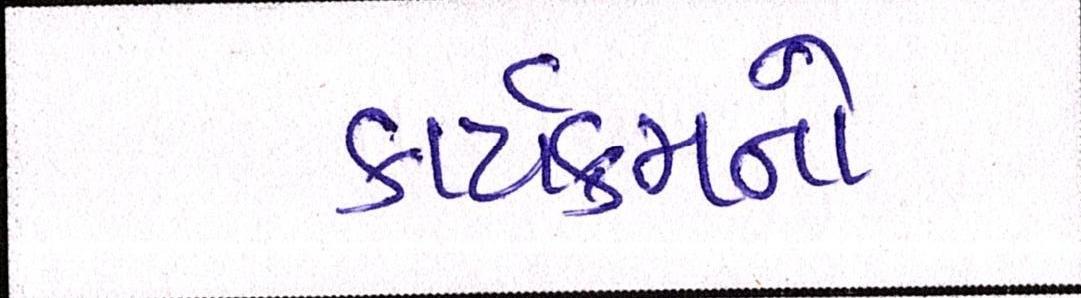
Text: કાર્યક્રમનો